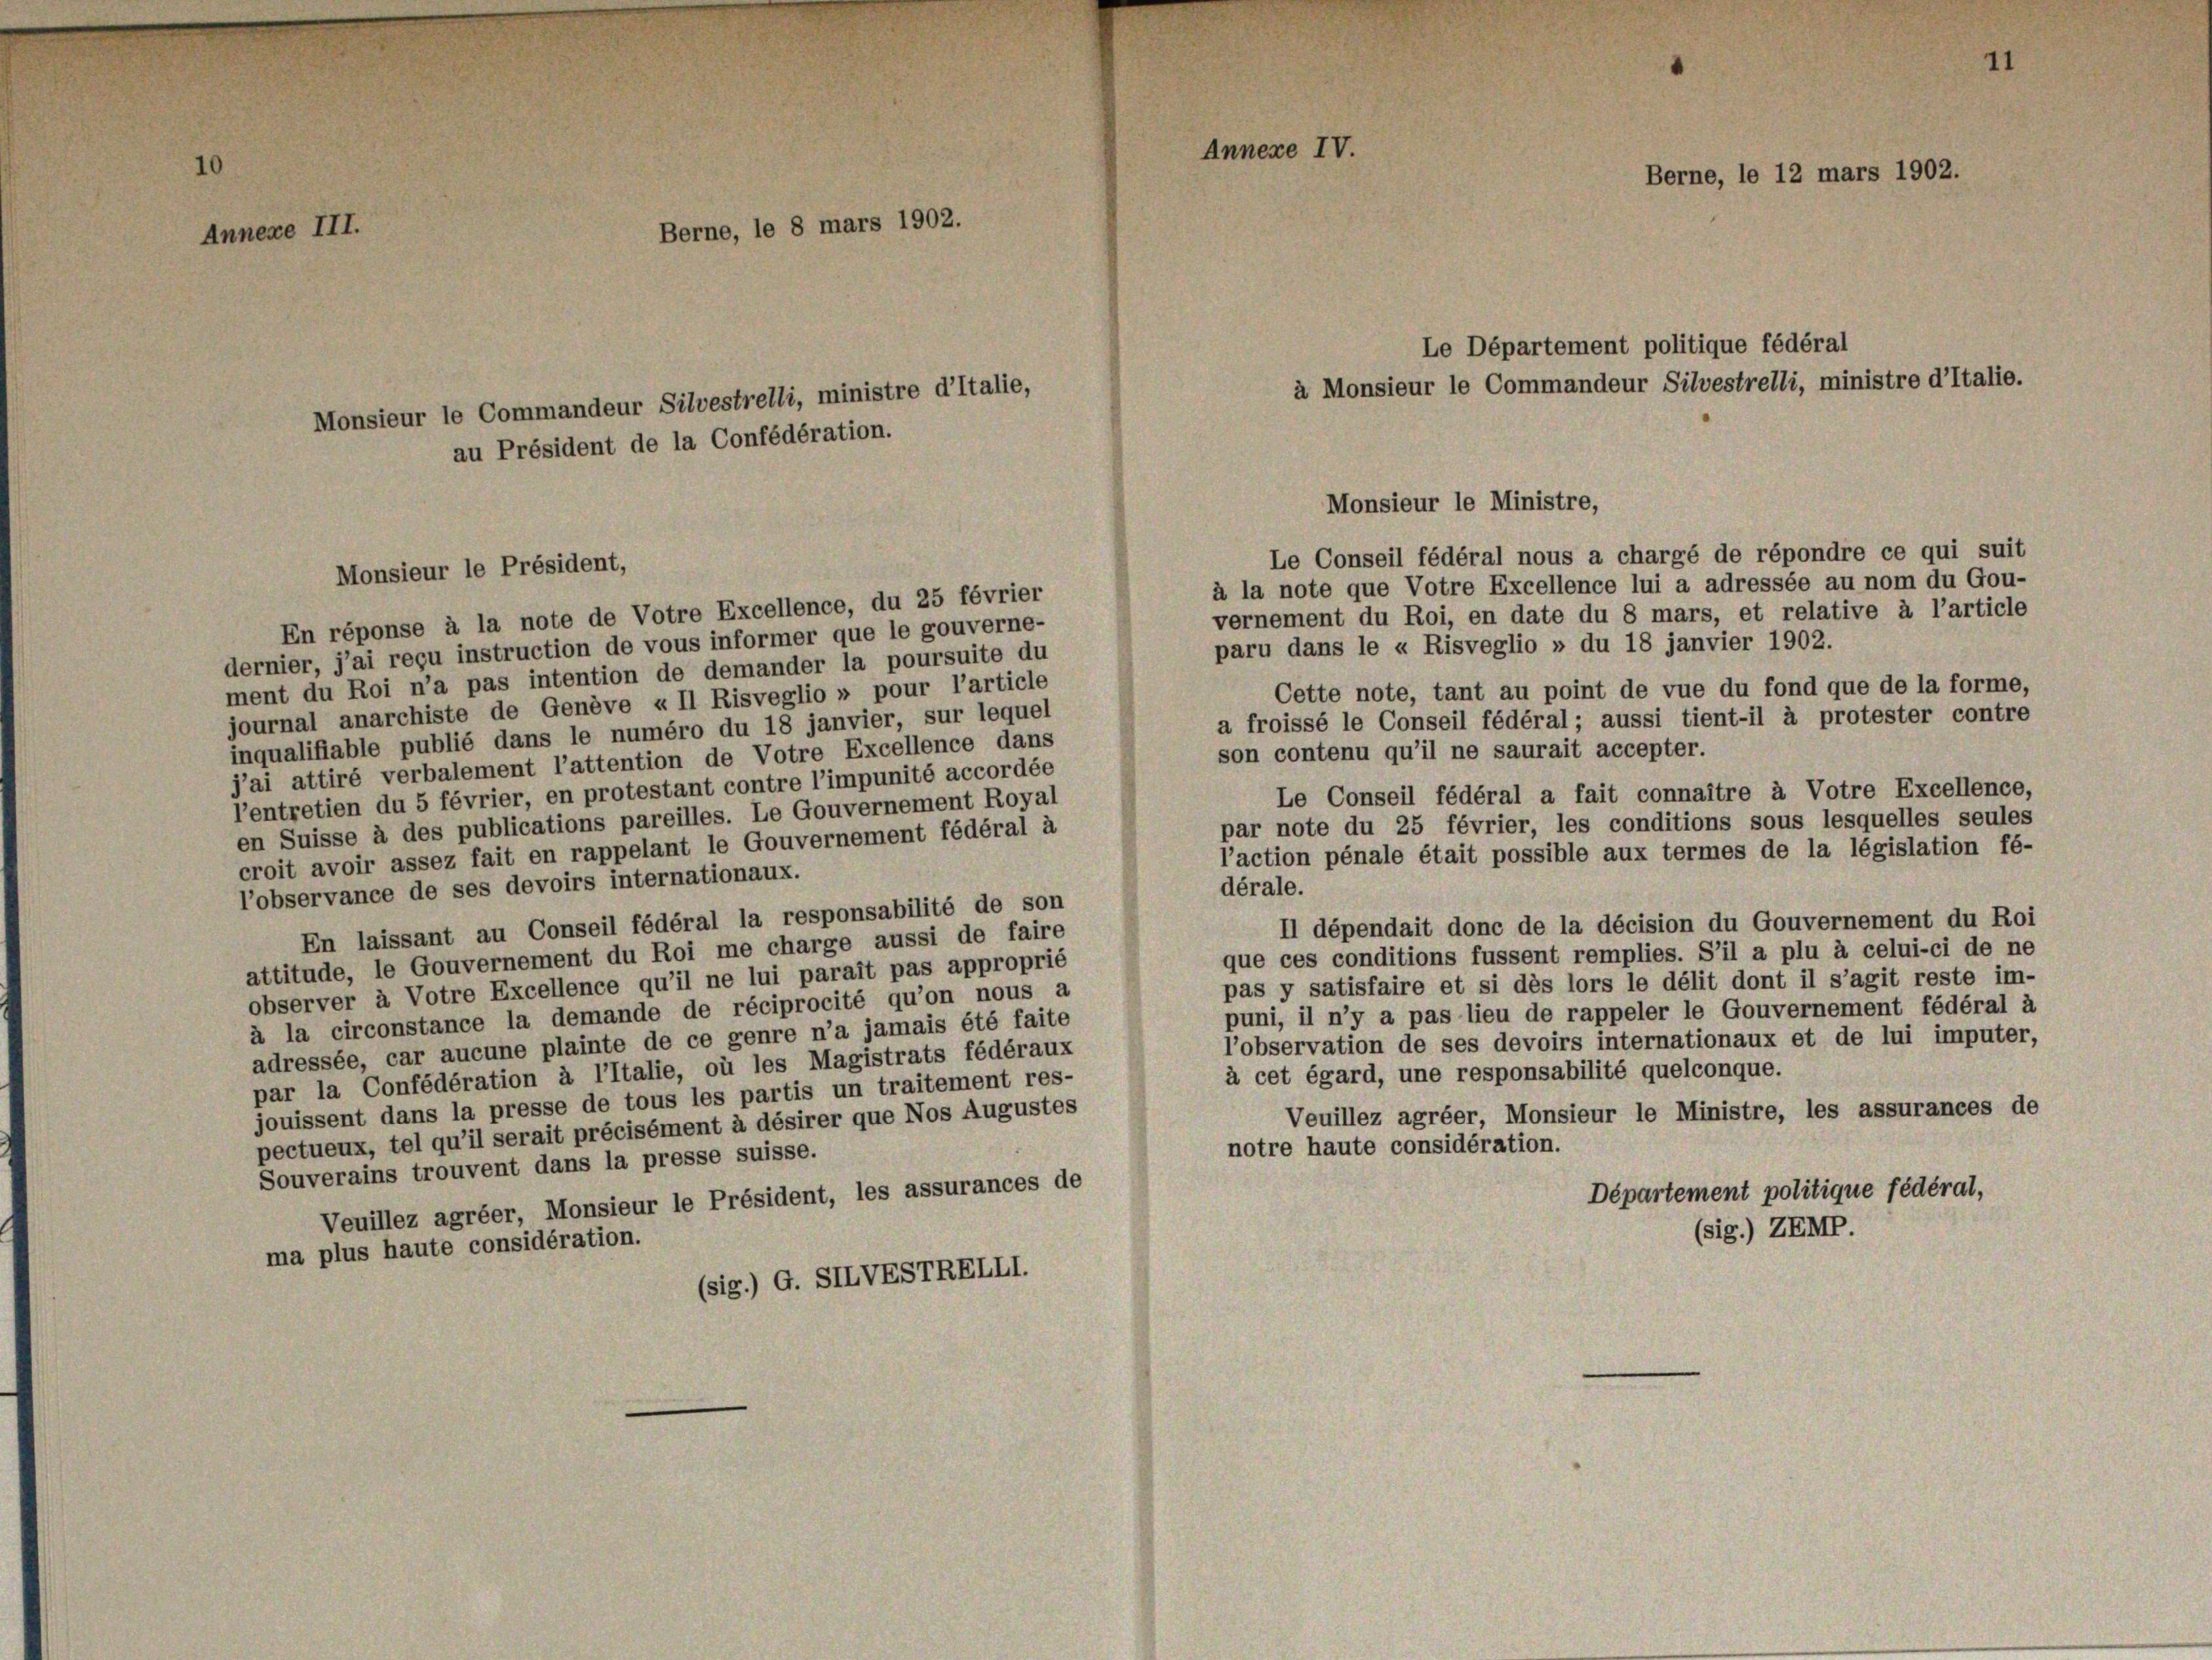
Annexe III.

Monsieur le Commandeur Silvestrelli, ministre d’Italie,
au Président de la Confédération.

Le Conseil fédéral nous a chargé de répondre ce qui suit
à la note que Votre Excellence lui a adressée au nom du Gou-
En réponse à la note de Votre Excellence, du 25 février
vernement du Roi, en date du 8 mars, et relative à l’article
paru dans le « Risveglio » du 18 janvier 1902.
dernier, j’ai reçu instruction de vous informer que le gouverne-
ment du Roi n’a pas intention de demander la poursuite du
Cette note, tant au point de vue du fond que de la forme,
journal anarchiste de Genève « II Risveglio » pour l’article
a froissé le Conseil fédéral; aussi tient-il à protester contre
inqualifiable publié dans le numéro du 18 janvier, sur lequel
son contenu qu’il ne saurait accepter.
j’ai attiré verbalement l’attention de Votre Excellence dans
l’entretien du 5 février, en protestant contre l’impunité accordée
Le Conseil fédéral a fait connaître à Votre Excellence,
en Suisse à des publications pareilles. Le Gouvernement Royal
par note du 25 février, les conditions sous lesquelles seules
croit avoir assez fait en rappelant le Gouvernement fédéral à
l’action pénale était possible aux termes de la législation fé-
l’observance de ses devoirs internationaux.
dérale.
En laissant au Conseil fédéral la responsabilité de son
Il dépendait donc de la décision du Gouvernement du Ros
que ces conditions fussent remplies. S’il a plu à celui-ci de ne
attitude, le Gouvernement du Roi me charge aussi de faire
observer à Votre Excellence qu’il ne lui parait pas approprié
pas y satisfaire et si dès lors le délit dont il s’agit reste im-
à la circonstance la demande de réciprocité qu’on nous a
puni, il n’y a pas lieu de rappeler le Gouvernement fédéral à
l’observation de ses devoirs internationaux et de lui imputer
adressée, car aucune plainte de ce genre n’a jamais été faite
par la Confédération à l’Italie, où les Magistrats fédéraux
à cet égard, une responsabilité quelconque.
jouissent dans la presse de tous les partis un traitement res-
Veuillez agréer, Monsieur le Ministre, les assurances de
pectueux, tel qu’il serait précisément à désirer que Nos Augustes
notre haute considération.
Souverains trouvent dans la presse suisse.
Département politique fédéral,
Veuillez agréer, Monsieur le Président, les assurances de
(Sig.) ZEMP.
ma plus haute considération.
(sig.) G. SILVESTRELII.

Monsieur le Président,

Berne, le 8 mars 1902.

Annexe IV.

Le Département politique fédéral
à Monsieur le Commandeur Silvestrelli, ministre d’Italie.

Monsieur le Ministre,

Berne, le 12 mars 1902.